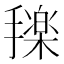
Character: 𰔰